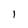
Character: 1